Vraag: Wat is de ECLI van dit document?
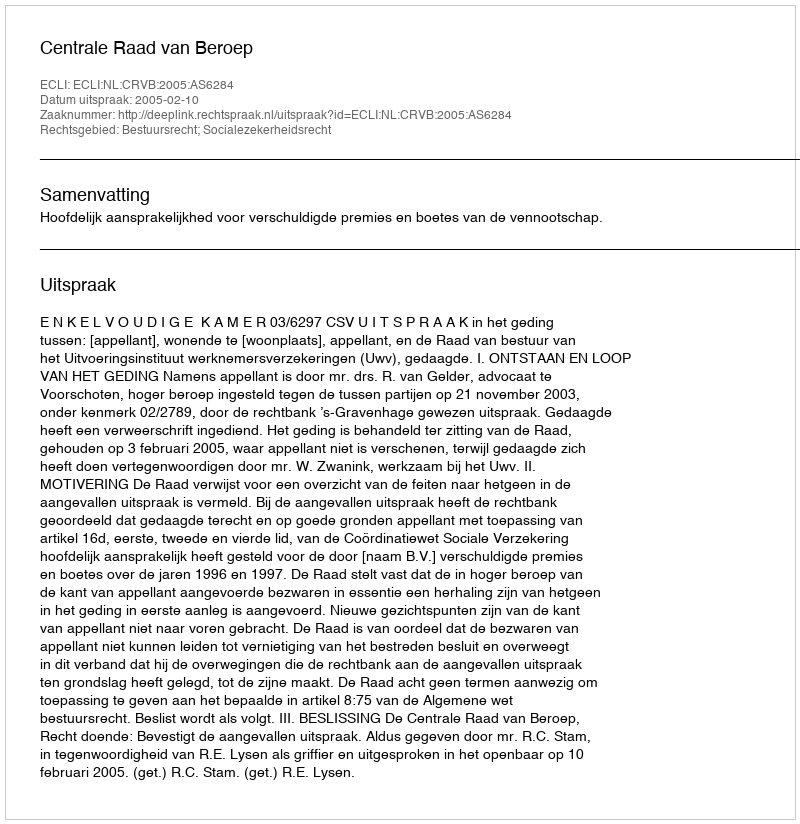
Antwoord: ECLI:NL:CRVB:2005:AS6284